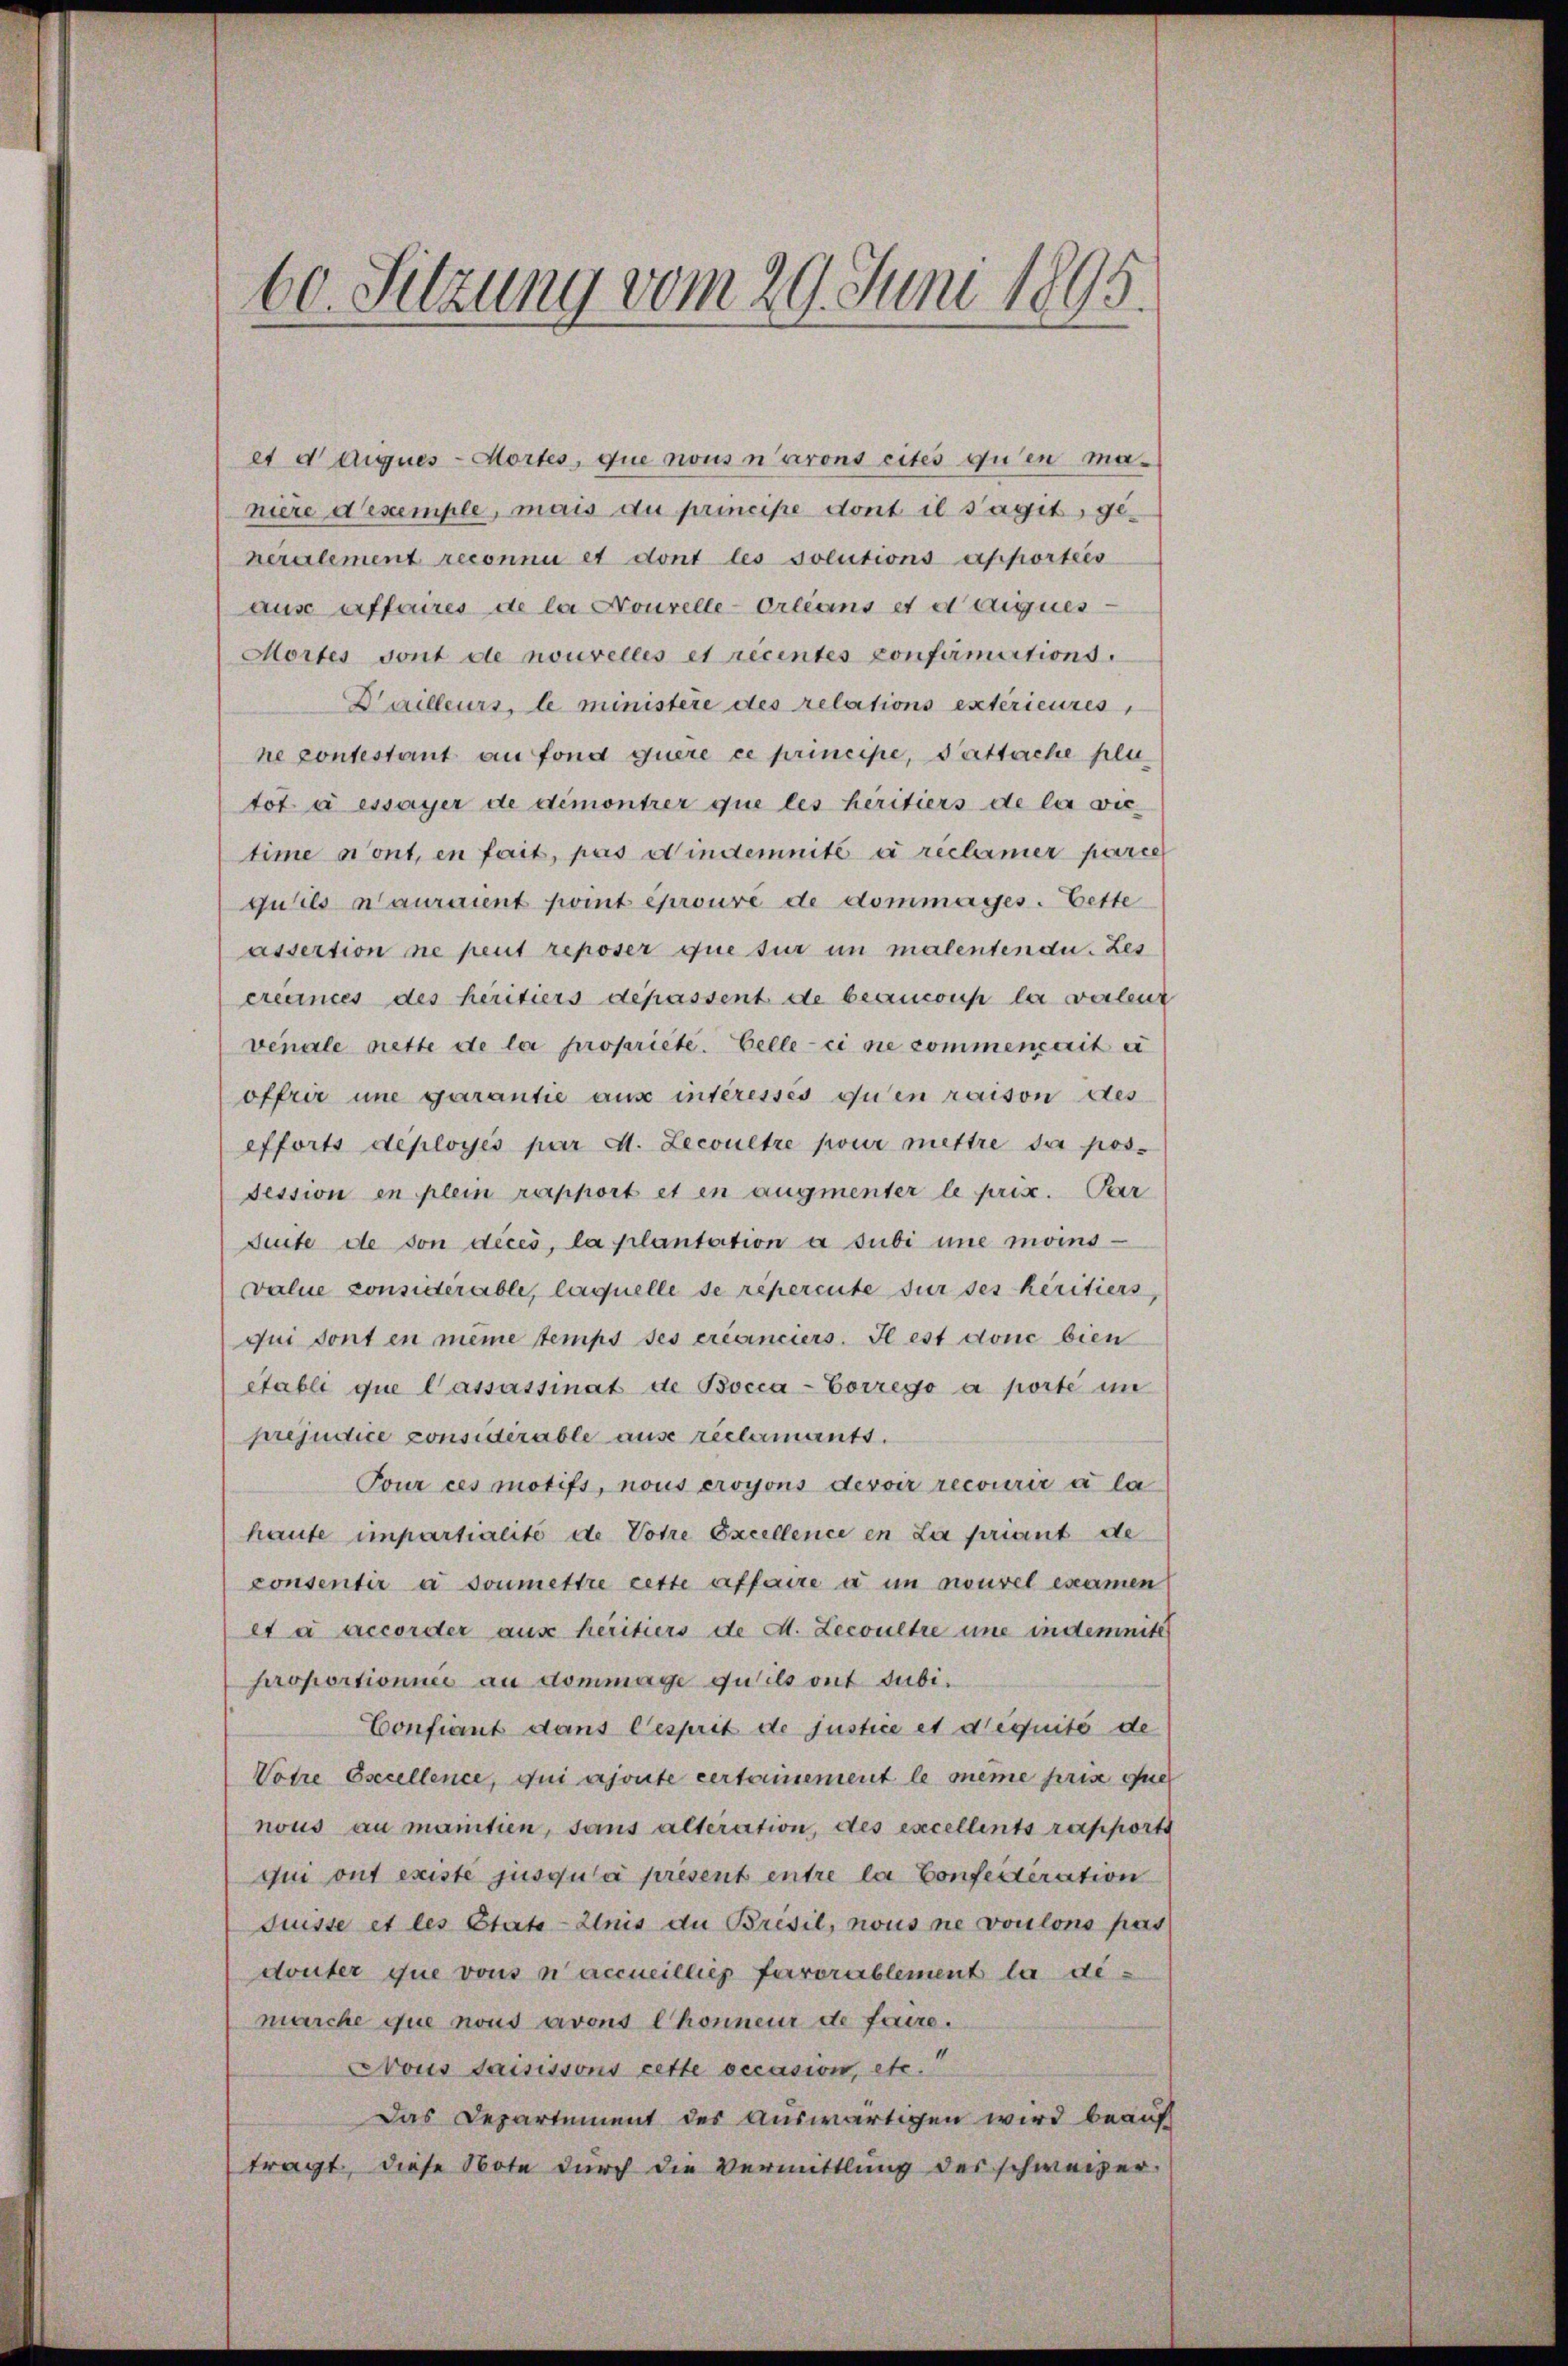
60. Sitzung vom 29. Juni 1895.

et ddiques-Mortes, que nous narons eites qu’en maniere d’exemple, mais au principe dont il s’agit, generalement reconnu et dont les solutions apporteis
ause erffaires de la Nouvelle-Orleans et dauques
Mortes vont de nouvelles et recentes confirmirtions.
Dailleurs, le ministere des relations extérieures,
ne contestant au fond quere ce principe, Sattache plu
tot à essayer de démontrer que les heritiers de la vie
time sont, en fait, pas eindemnité à réclamer parce
quils auraient point éprouré de dommages. Cette
assertion ne peut reposer que sur in malentendu. Les
crecinces des héritiers dépassent de beaucous la verleut
venale nette de la propriete. Celle-ci sie kommenait u
offrir une garantie aus interessés qu’en raison des
efforts déployés par d. Lecoultre pour mettre der pos-
Session en plein rapport et en augmenter le pris. Pr
Seite de son dices, la plantation a subi une moins
value considerable, laquelle se repercute für ses héritiers
qui dont en meine temps des créanciers. Il est donc bien
Stabli que Cassassinat de Bocca-Corrego a porte im
prejudice considérable ause rechermantt.
Tour ces motifs, nous eroyons devoir recourir à la
haute impartialité de Votre Excellence en La priant de
consentir à soumettre cette affaire à un nouvel examen
e à accorder aus heritiers de d. Lecoultre une indemnité
proportionnes au dommage qu’ils ont subi¬
Confiant dans Gesprit de justice et déquité de
Votre Oscellence, qui ajoute certainement le même prise que
nous au mantien, sans alteration, des excellents rapporti
qui ont existe jusquai présent entre la Confesteration
Suisse et les Etate-Anis an Brisil, nous ne voulons pas
douter que vons naccueillig ferrorablement la dé-
marche que nous avons Chonneur de faire.
Nous saisissons cette occasion, etc.
Das Departement der auswärtigen wird beauft
tragt, diese Note durch die Vermittlung des schweizer-